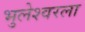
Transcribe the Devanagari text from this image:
भुलेश्वरला